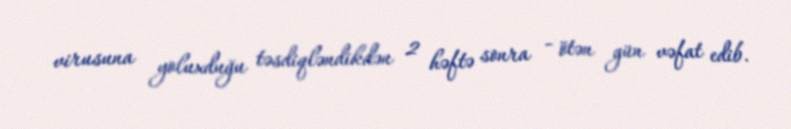
virusuna yoluxduğu təsdiqləndikdən 2 həftə sonra - ötən gün vəfat edib.